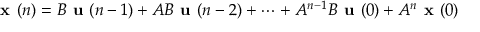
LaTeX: { \textbf { x } } ( n ) = B { \textbf { u } } ( n - 1 ) + A B { \textbf { u } } ( n - 2 ) + \cdots + A ^ { n - 1 } B { \textbf { u } } ( 0 ) + A ^ { n } { \textbf { x } } ( 0 )